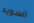
السويد